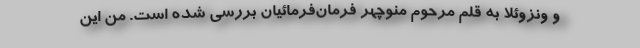
و ونزوئلا به قلم مرحوم منوچهر فرمان‌فرمائیان بررسی شده است. من این